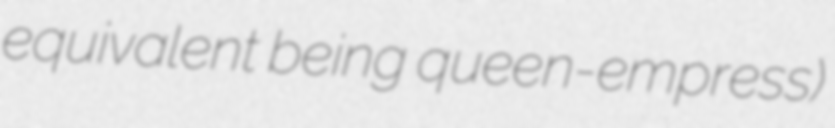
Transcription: equivalent being queen-empress)